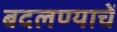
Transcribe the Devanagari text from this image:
बदलण्याचें